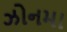
ઝોનમા